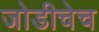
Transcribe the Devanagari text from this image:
जोडीचेच